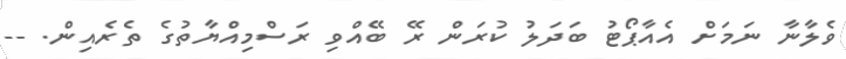
ވެލާނާ ނަމަށް އެއާޕޯޓު ބަދަލު ކުރަން ރޭ ބޭއްވި ރަސްމިއްޔާތުގެ ތެރެއިން. --